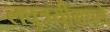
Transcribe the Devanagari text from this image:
लघुत्रयींमधले